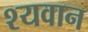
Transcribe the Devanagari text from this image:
श्यवान